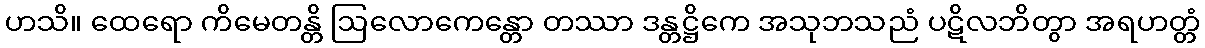
ဟသိ။ ထေရော ကိမေတန္တိ ဩလောကေန္တော တဿာ ဒန္တဋ္ဌိကေ အသုဘသညံ ပဋိလဘိတွာ အရဟတ္တံ